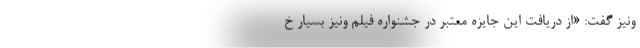
ونیز گفت: «از دریافت این جایزه معتبر در جشنواره فیلم ونیز بسیار خ